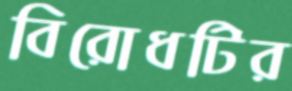
বিরোধটির